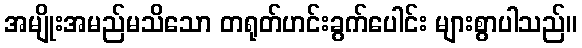
အမျိုးအမည်မသိသော တရုတ်ဟင်းခွက်ပေါင်း များစွာပါသည်။